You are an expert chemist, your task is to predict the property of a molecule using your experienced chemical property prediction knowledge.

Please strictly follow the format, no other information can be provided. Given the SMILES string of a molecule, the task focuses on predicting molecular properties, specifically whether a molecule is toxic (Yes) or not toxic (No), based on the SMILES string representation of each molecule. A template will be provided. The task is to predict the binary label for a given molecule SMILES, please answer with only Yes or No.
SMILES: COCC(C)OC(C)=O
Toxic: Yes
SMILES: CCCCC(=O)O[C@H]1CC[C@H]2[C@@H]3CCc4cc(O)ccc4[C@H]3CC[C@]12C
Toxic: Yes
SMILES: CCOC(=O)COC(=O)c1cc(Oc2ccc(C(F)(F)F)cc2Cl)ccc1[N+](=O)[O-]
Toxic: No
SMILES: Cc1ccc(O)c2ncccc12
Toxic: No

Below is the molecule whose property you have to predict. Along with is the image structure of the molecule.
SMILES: COc1ccc2c3c1O[C@H]1[C@@H](O)C=C[C@H]4[C@@H](C2)N(C)CC[C@]314
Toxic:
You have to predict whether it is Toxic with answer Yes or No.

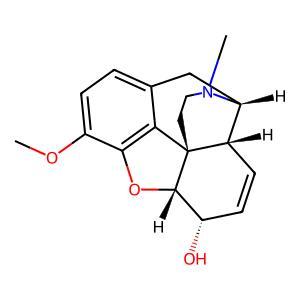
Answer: Yes